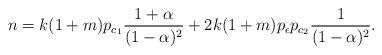
LaTeX: \begin{align*}n=k(1+m)p_{c_1}\frac{1+\alpha}{(1-\alpha)^{2}}+2k(1+m)p_{\epsilon}p_{c_{2}}\frac{1}{(1-\alpha)^{2}}.\end{align*}